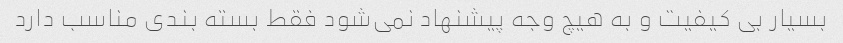
بسیار بی کیفیت و به هیچ وجه پیشنهاد نمی‌شود فقط بسته بندی مناسب دارد